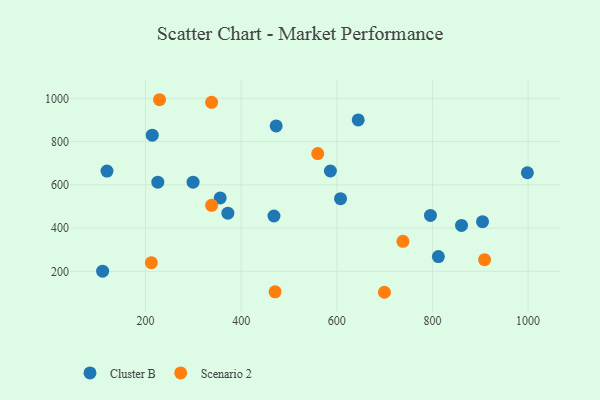
{"axis": {"x": "Study Hours", "y": "Sales"}, "legend": ["Cluster B", "Scenario 2"], "data": [{"x": "214.1", "y": 829.4, "type": "Cluster B"}, {"x": "998.5", "y": 655.9, "type": "Cluster B"}, {"x": "586.6", "y": 664.0, "type": "Cluster B"}, {"x": "795.8", "y": 458.6, "type": "Cluster B"}, {"x": "119.4", "y": 663.4, "type": "Cluster B"}, {"x": "356.2", "y": 539.3, "type": "Cluster B"}, {"x": "372.2", "y": 468.9, "type": "Cluster B"}, {"x": "468.6", "y": 455.7, "type": "Cluster B"}, {"x": "904.7", "y": 429.5, "type": "Cluster B"}, {"x": "812.4", "y": 268.2, "type": "Cluster B"}, {"x": "607.8", "y": 536.0, "type": "Cluster B"}, {"x": "110.3", "y": 200.7, "type": "Cluster B"}, {"x": "299.4", "y": 612.1, "type": "Cluster B"}, {"x": "225.7", "y": 612.4, "type": "Cluster B"}, {"x": "473.2", "y": 872.2, "type": "Cluster B"}, {"x": "644.8", "y": 900.0, "type": "Cluster B"}, {"x": "860.8", "y": 412.2, "type": "Cluster B"}, {"x": "909.0", "y": 253.8, "type": "Scenario 2"}, {"x": "738.3", "y": 338.9, "type": "Scenario 2"}, {"x": "229.3", "y": 993.5, "type": "Scenario 2"}, {"x": "338.2", "y": 981.6, "type": "Scenario 2"}, {"x": "212.2", "y": 240.0, "type": "Scenario 2"}, {"x": "338.2", "y": 505.4, "type": "Scenario 2"}, {"x": "560.1", "y": 744.6, "type": "Scenario 2"}, {"x": "470.9", "y": 105.3, "type": "Scenario 2"}, {"x": "699.6", "y": 103.1, "type": "Scenario 2"}]}